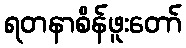
ရတနာစိန်ဖူးတော်